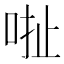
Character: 𠳏